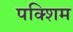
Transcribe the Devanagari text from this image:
पक्शिम